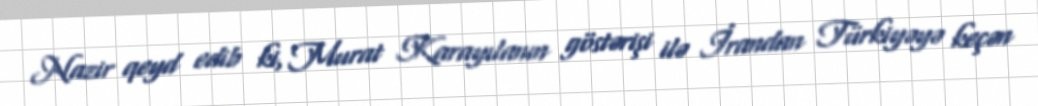
Nazir qeyd edib ki, Murat Karayılanın göstərişi ilə İrandan Türkiyəyə keçən